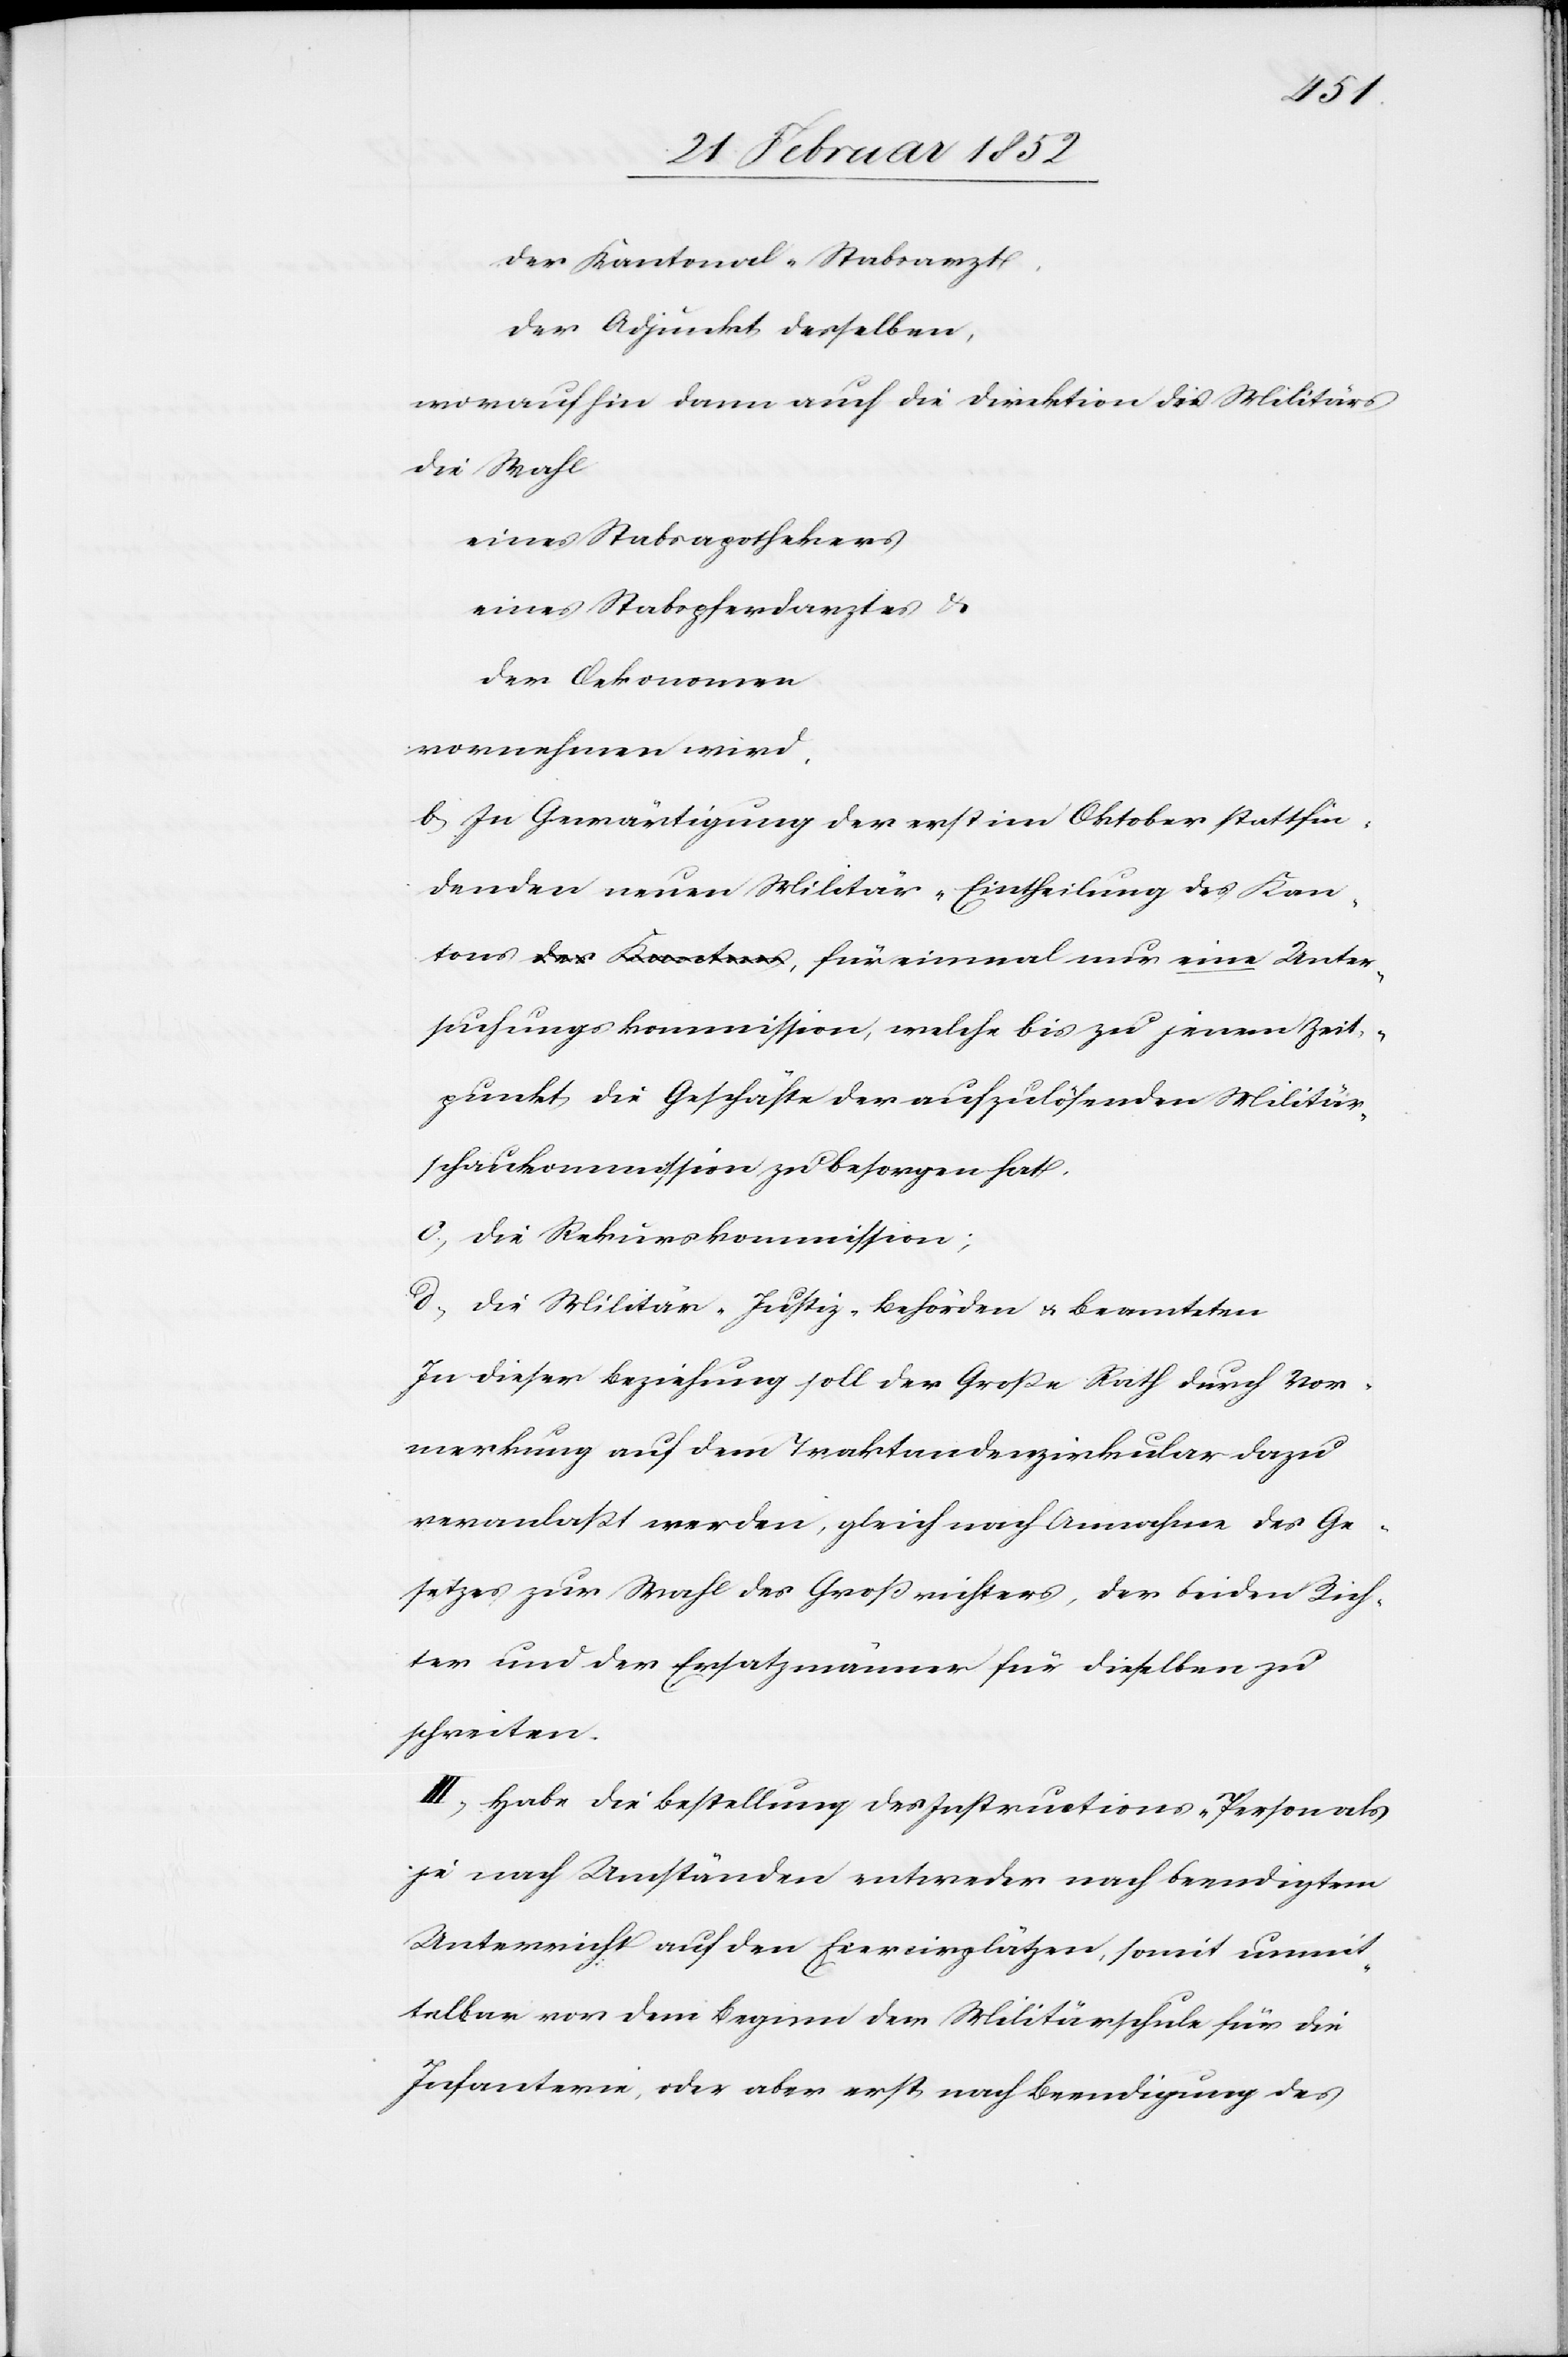
Unter¬
der Kantonal-Stabsarzt,
der Adjunkt derselben,
worauf hin dann auch die Direktion des Militärs
die Wahl
eines Stabsapothekers
eines Stabspferdarztes u.
der Oekonomen
vornehmen wird.
b) In Gewärtigung der erst im Oktober stattfin¬
denden neuen Militär-Eintheilung des Kan¬
suchungskommission, welche bis zu jenem Zeit¬
punkt die Geschäfte der aufzulösenden Militär¬
kommission zu besorgen hat.
c.) die Rekurskommission;
d.) die Militär-Justiz-Behörden u. Beamteten.
In dieser Beziehung soll der Große Rath durch Vor¬
merkung auf dem Traktandenzirkular dazu
veranlaßt werden, gleich nach Annahme des Ge¬
setzes zur Wahl des Großrichters, der beiden Rich¬
ter und der Ersatzmänner für dieselben zu
schreiten.
III) Habe die Bestellung des Instructions-Personals
je nach Umständen entweder nach beendigtem
Unterricht auf den Exercirplätzen, somit unmit¬
telbar vor dem Beginn der Militärschule für die
Infanterie, oder aber erst nach Beendigung des